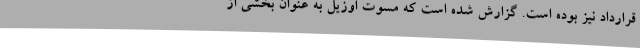
قرارداد نیز بوده است. گزارش شده است که مسوت اوزیل به عنوان بخشی از